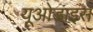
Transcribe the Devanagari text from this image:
यूओडाइस